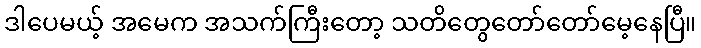
ဒါပေမယ့် အမေက အသက်ကြီးတော့ သတိတွေတော်တော်မေ့နေပြီ။